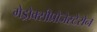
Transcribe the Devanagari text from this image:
मेड्रोक्सीप्रोजेस्टेरोन